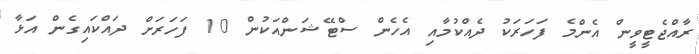
ރާއްޖެޓީވީން އެންމެ ފަހަރަކު ދެއްކުމާއި އެހެން ސްޓޭޝަންއަކުން 10 ފަހަރަށް ދައްކައިގެން އަޅާ